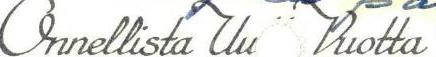
Onnellista Uu  Vuotta